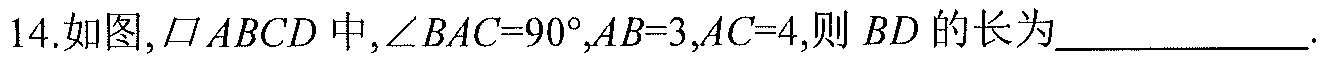
14.如图, $\square ABCD$中, $\angle BAC = 90^{\circ},AB = 3,AC = 4$,则$BD$的长为_____________.